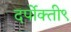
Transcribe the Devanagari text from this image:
दर्पोक्ती९